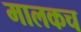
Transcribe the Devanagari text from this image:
मालकच